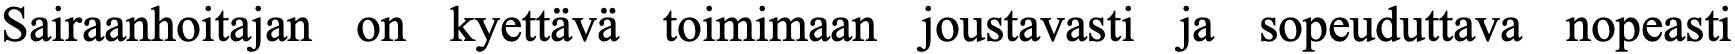
Sairaanhoitajan on kyettävä toimimaan joustavasti ja sopeuduttava nopeasti